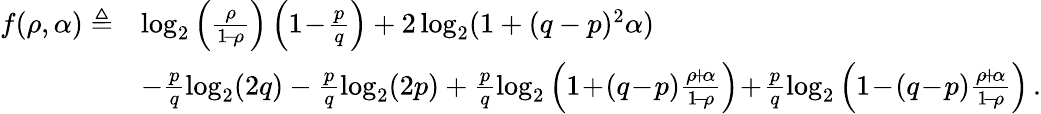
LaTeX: \begin{array}{rl}{f(\rho,\alpha)\triangleq}&{\log_{2}\left(\frac{\rho}{1\! -\! \rho}\right)\left(1\! -\! \frac{p}{q}\right)+2\log_{2}(1+(q-p)^{2}\alpha)}\\ &{-\frac{p}{q}\log_{2}(2q)-\frac{p}{q}\log_{2}(2p)+\frac{p}{q}\log_{2}\left(1\! +\! (q\! -\! p)\frac{\rho\! +\! \alpha}{1\! -\! \rho}\right)\! +\! \frac{p}{q}\log_{2}\left(1\! -\! (q\! -\! p)\frac{\rho\! +\! \alpha}{1\! -\! \rho}\right)\, .}\end{array}